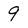
Character: 9